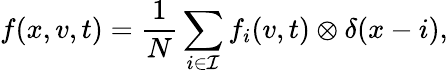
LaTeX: f(x,v,t)=\frac{1}{N}\sum_{i\in\mathcal{I}}f_{i}(v,t)\otimes\delta(x-i),